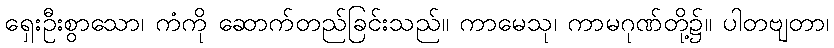
ရှေးဦးစွာသော၊ ကံကို ဆောက်တည်ခြင်းသည်။ ကာမေသု၊ ကာမဂုဏ်တို့၌။ ပါတဗျတာ၊